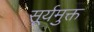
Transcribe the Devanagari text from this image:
सूर्यमुक्त